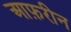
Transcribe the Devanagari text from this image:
आफ़रीन